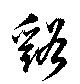
谿